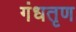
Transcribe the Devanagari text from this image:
गंधतृण